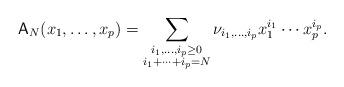
LaTeX: \begin{align*}\mathsf{A}_N(x_1,\dots,x_p)=\sum_{\begin{subarray}{c}i_1,\dots,i_p\geq 0\\i_1+\dots+i_p=N\end{subarray}}\nu_{i_1,\dots,i_p}x_1^{i_1}\cdots x_p^{i_p}.\end{align*}